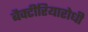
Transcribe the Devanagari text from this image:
बैक्टीरियारोधी